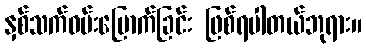
နှစ်သက်ဝမ်းမြောက်ခြင်း ဖြစ်ရပါတယ်ဘုရား။